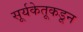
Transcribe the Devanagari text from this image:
सूर्यकेतूकडून